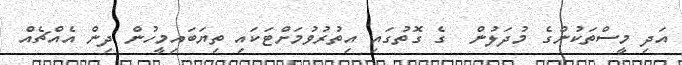
އަދި މީސްތަކުންގެ މުދަލުން  ގެ ގޮތުގައި އިތުރުވުމަށްޓަކައި ތިޔަބައިމީހުން ދިން އެއްޗެއް